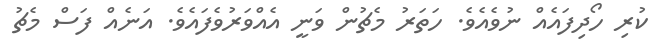
ކުރި ހޯދިފައެއް ނުވެއެވެ. ހަތަރު މެޗުން ވަނީ އެއްވަރުވެފައެވެ. އަނެއް ފަސް މެޗު